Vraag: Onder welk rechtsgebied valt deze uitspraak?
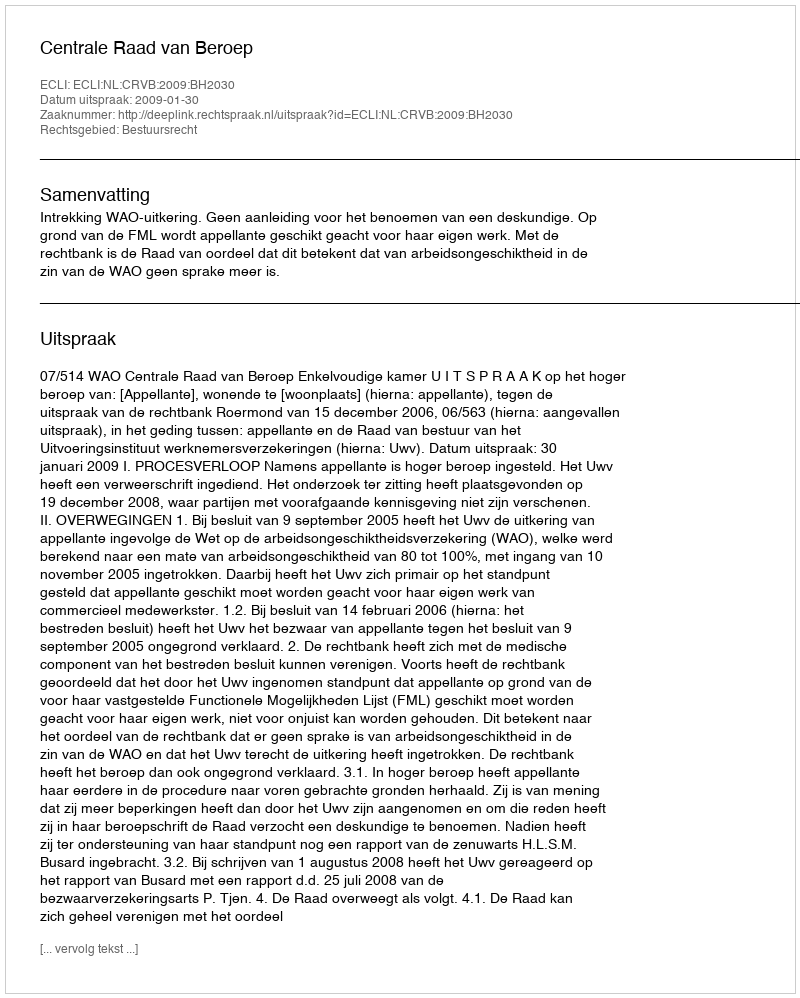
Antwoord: Bestuursrecht